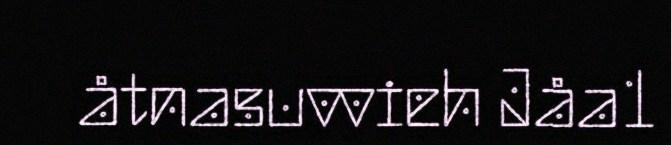
åtnasuvvieh Jåa1